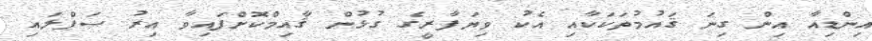
އިންޑިއާ އިން ގިނަ ޤައުމުތަކަކާއި އެކު ވިޔަފާރީގެ ގުޅުން ޤާއިމްކޮށްފައިވާ އިރު ސަޕްލައި